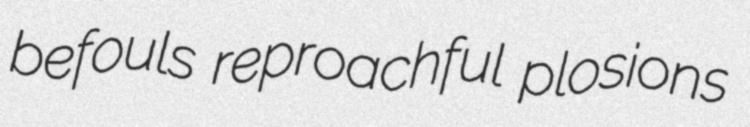
befouls reproachful plosions